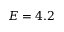
E = 4 . 2